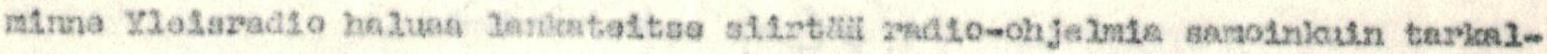
minne Yleisradio haluaa lankateitse siirtää radio-ohjelmia samoinkuin tarkal-